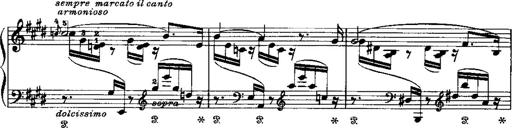
Title: LiebestrÃ¤ume
Composer: Franz Behr
Key: E-flat major